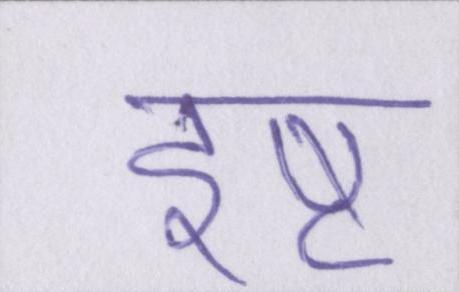
इष्ट